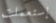
إستعملت